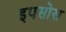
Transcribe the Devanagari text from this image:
इपसोस